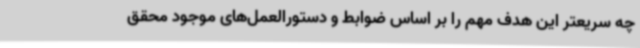
چه سریعتر این هدف مهم را بر اساس ضوابط و دستورالعمل‌های موجود محقق